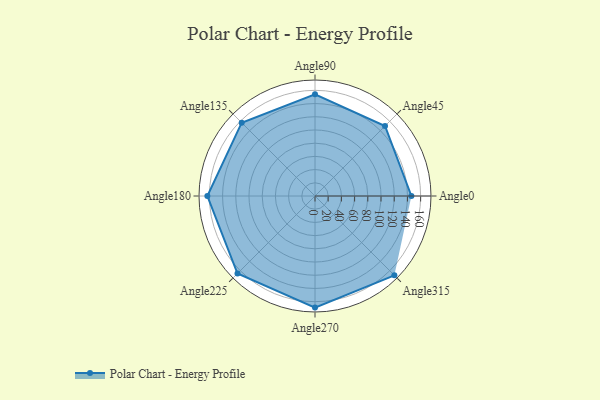
{"axis": {"x": "Angle", "y": "Radius"}, "legend": [""], "data": [{"x": "Angle0", "y": 146.0, "type": ""}, {"x": "Angle45", "y": 150.0, "type": ""}, {"x": "Angle90", "y": 154.0, "type": ""}, {"x": "Angle135", "y": 157.0, "type": ""}, {"x": "Angle180", "y": 163.0, "type": ""}, {"x": "Angle225", "y": 166.0, "type": ""}, {"x": "Angle270", "y": 169.0, "type": ""}, {"x": "Angle315", "y": 170, "type": ""}]}